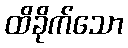
ထိခိုက်သော